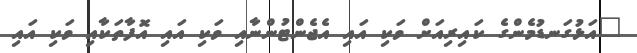
"އަޅުގަނޑުމެންގެ ކައިރިއަށް ވަކި އައި އެޖެންޓުންނާއި ވަކި އައި އޮފާތަކާއި ވަކި އައި